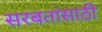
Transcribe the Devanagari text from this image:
सरबतांसाठी